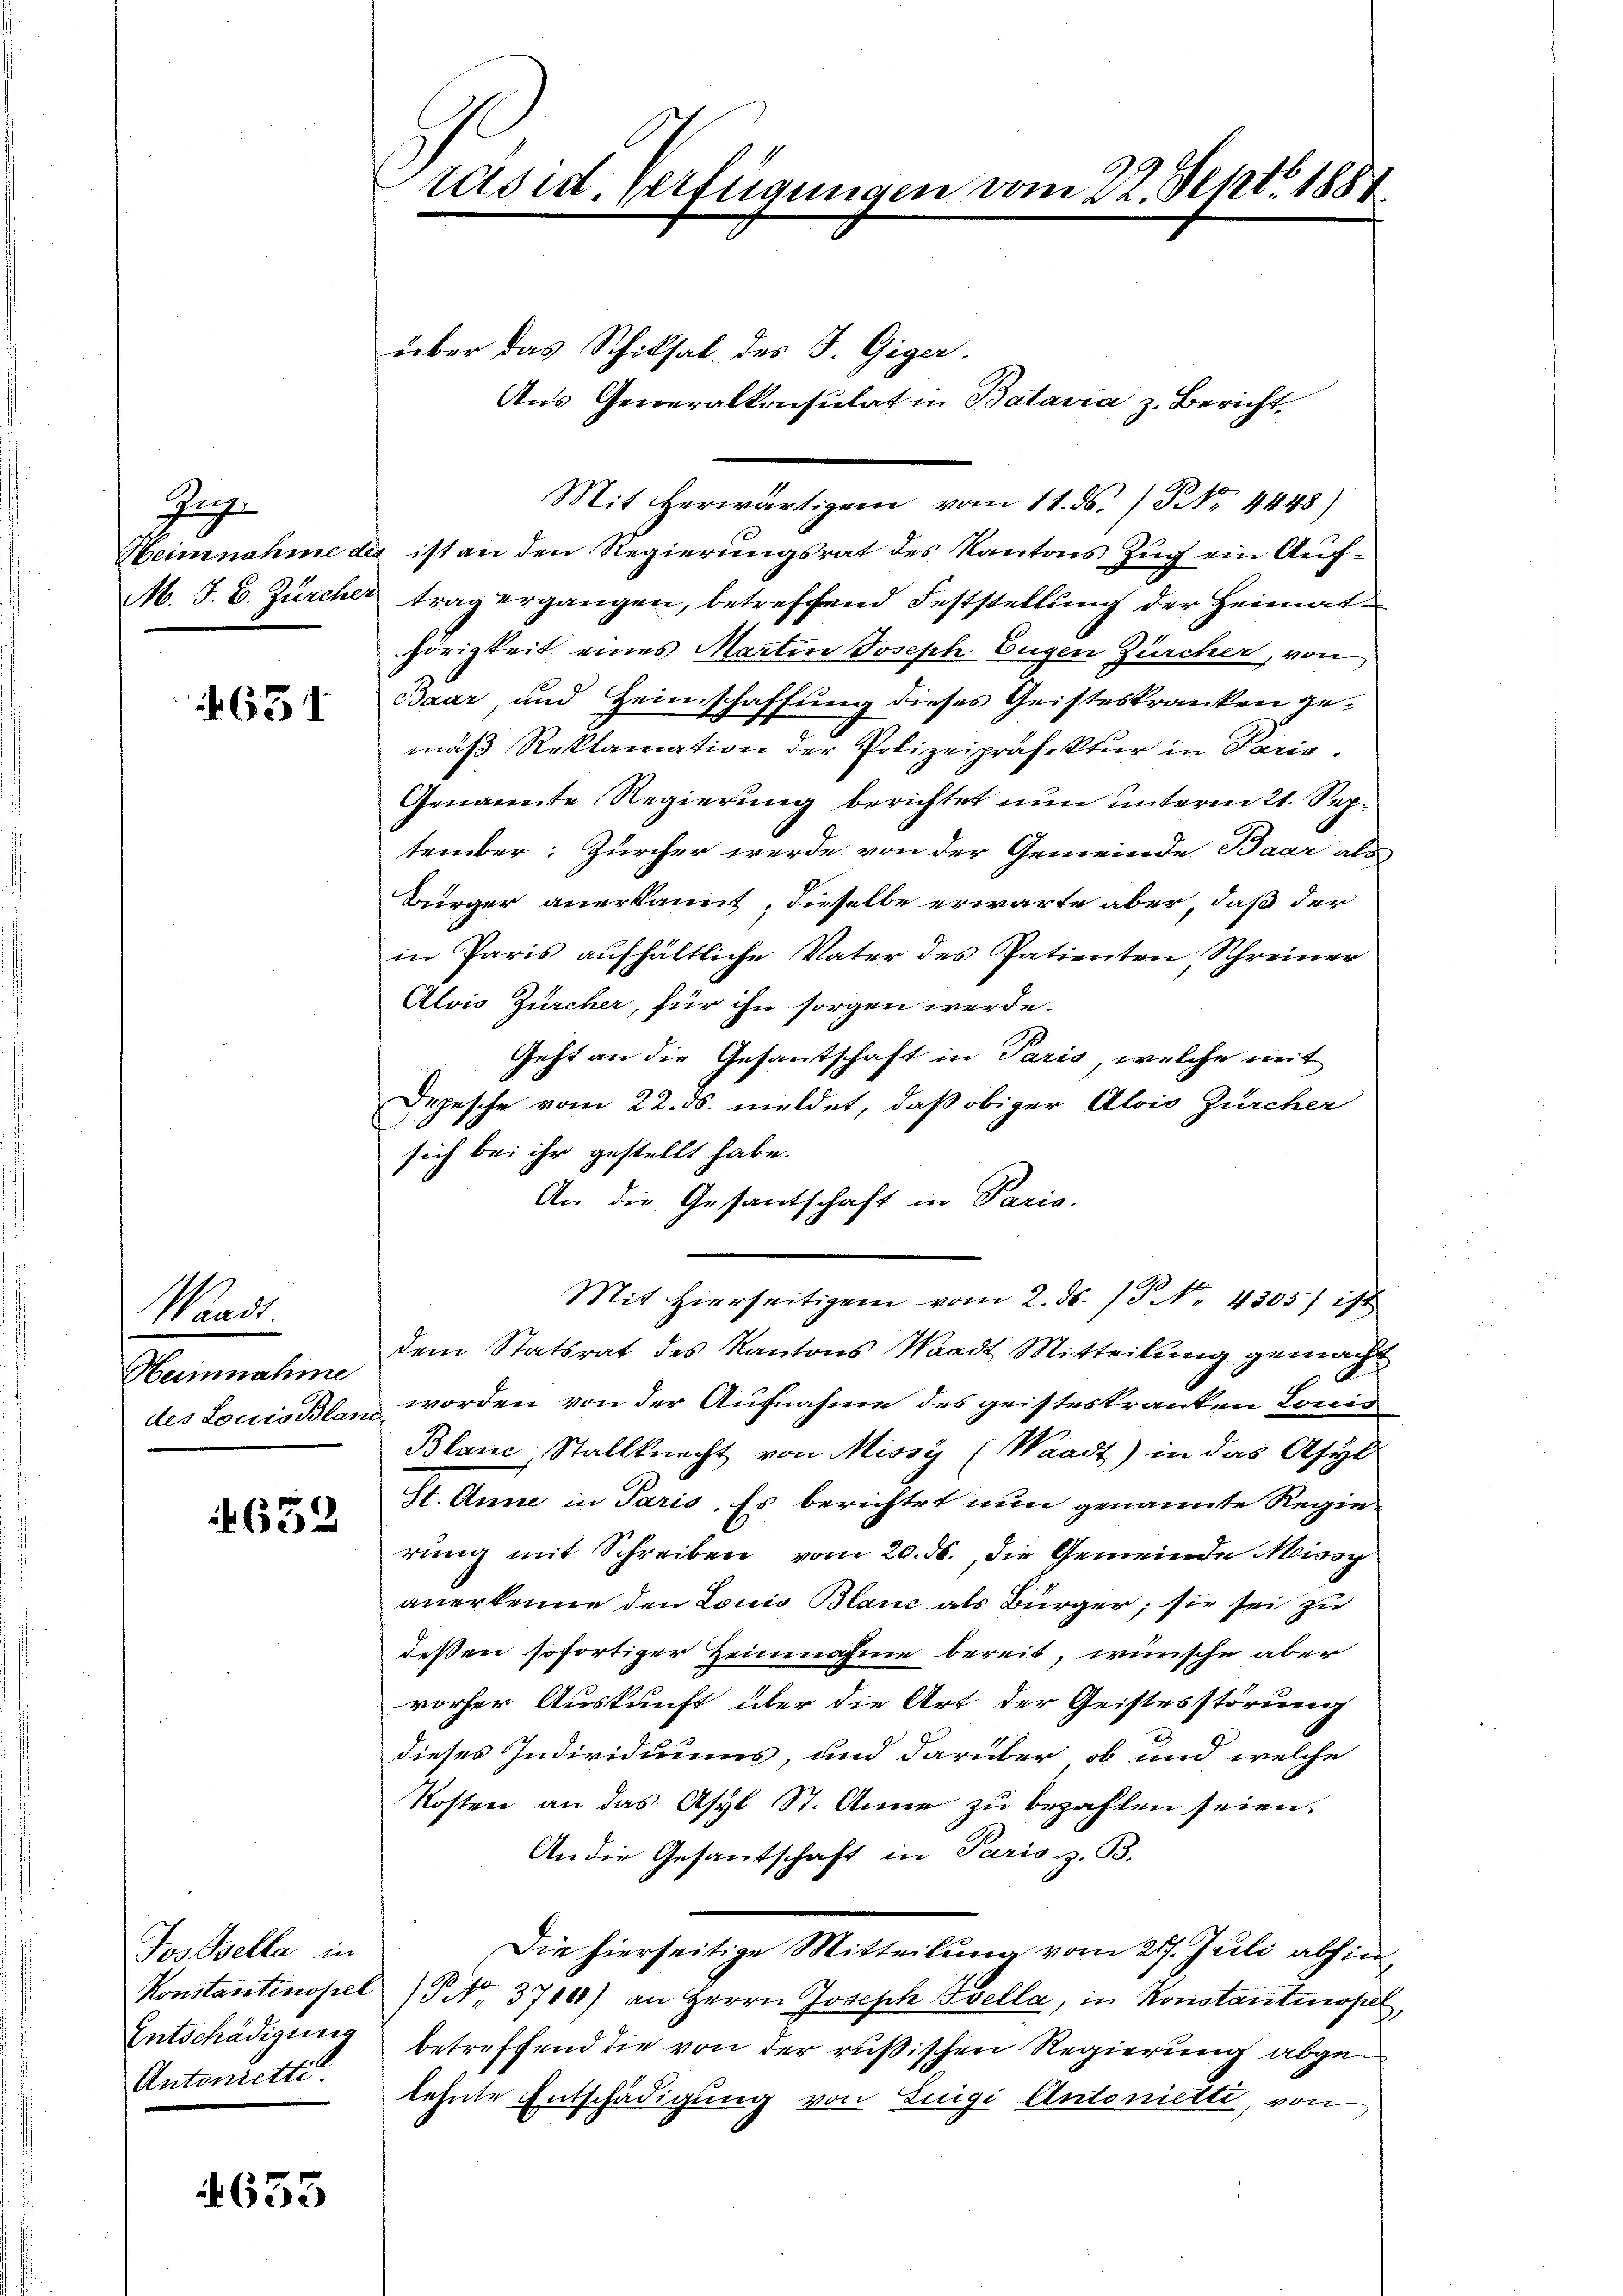
J

651

Waadt.
Heiinnahme

4632

über das Schiksal des F. Giger.
Aus Generalkonsulat in Batavia z. Bericht
Mit herwärtigen vom 11. ds. / NNo. 4448)
Heinnahme des ist an den Regierungsrat des Kantons Zug ein Auf¬
M. J. C. Zürcher trag ergangen, betreffend Feststellung der Heimathörigkeit eines Martin Joseph Eugen Zürcher, von
Baar, und Heimschaffung dieses Geisteskranken gemäβ Reklamation der Polizeipräfektur in Paris.
Genannte Regierung berichtet nun unterm 21. September: Zürcher werde von der Gemeinde Baar als
Bürger anerkannt; dieselbe erwarte aber, daß der
in Paris aufhältliche Vater des Patienten, Schreiner
Alvis Zürcher, für ihn sorgen werde.
Geht an die Gesantschaft in Paris, welche mit
Depesche vom 22. ds. meldet, daß obiger Alois Zürcher
sich bei ihr gestellt habe.
An die Gesantschaft in Paris.
Mit hierseitigen vom 2. ds. (T. No. 4305) ist
dem Statsrat des Kantons Waadt Mitteilung gemacht
des Louis Blan worden von der Aufnahme des geisteskranken Lonis
Blanc Stallknecht von Missy (Waadt) in das Asyl
St. Anne in Paris. Es berichtet nun genannte Regie-
rung mit Schreiben vom 20. ds., die Gemeinde Missg
anerkenne den Louis Blanc als Bürger, sie sei zu
deßen sofortiger Heinnahme bereit, wünsche aber
vorher Auskunft über die Art der Geistesstörung
dieses Individuums, und darüber ob und welche
Kosten an das Asyl St. Anna zu bezahlen seien.
An die Gesantschaft in Paris z. B.
Die hierseitige Mitteilung vom 217. Juli abhin
Konstantinopel (S No. 3710) an Herrn Joseph Sella, in Konstantinopel,
Entschädigung betreffend die von der rußischen Regierung abgelehnte Entschädigung von Luigi Antonierte, von

Jos Bella in
Antonrette.

4633

Präsid. Verfügungen vom 22. Sept. 1884